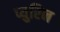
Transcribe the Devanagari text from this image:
प्युरिन